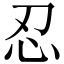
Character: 忍